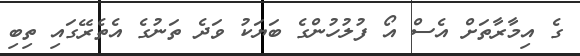
ގެ އިމާރާތަށް އެސް އޯ ފުލުހުންގެ ބަޔަކު ވަދެ ތަނުގެ އެތެރޭގައި ތިބި